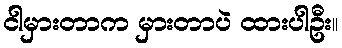
ငါမှားတာက မှားတာပဲ ထားပါဦး။